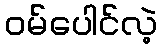
ဝမ်ပေါင်လဲ့